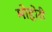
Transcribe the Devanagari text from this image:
मोहोरी